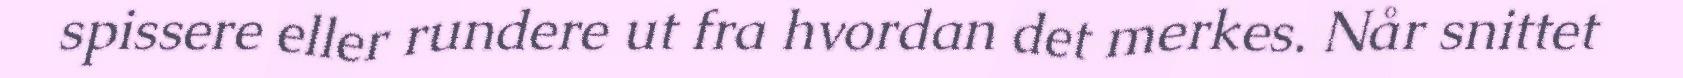
spissere eller rundere ut fra hvordan det merkes. Når snittet